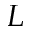
L